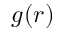
g ( r )